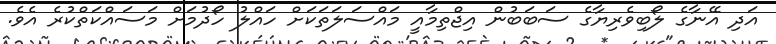
އަދި އޭނާގެ ލޯބިވެރިޔާގެ ސަބަބުން އިޖްތިމާއީ މައްސަލަތަކަށް ހައްލު ހޯދުމަށް މަސައްކަތްކުރެ އެވެ.